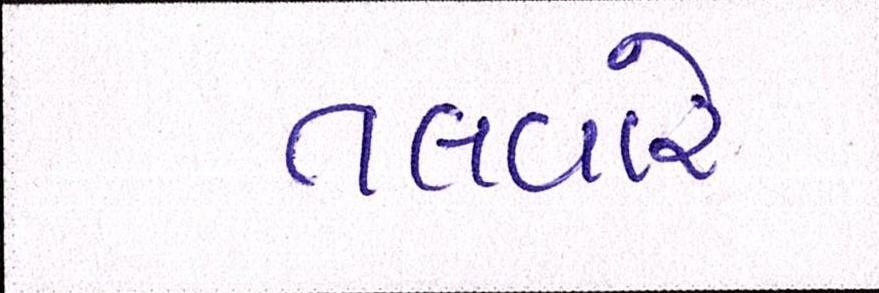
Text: તલવારે